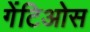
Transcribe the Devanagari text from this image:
गेंटिओस